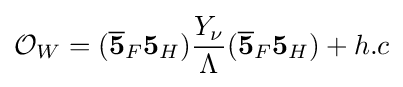
{\mathcal {O}}_{W}=({\overline {\mathbf {5} }}_{F}\mathbf {5} _{H}){\frac {Y_{\nu }}{\Lambda }}({\overline {\mathbf {5} }}_{F}\mathbf {5} _{H})+h.c